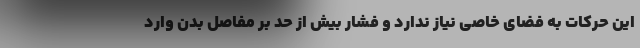
این حرکات به فضای خاصی نیاز ندارد و فشار بیش از حد بر مفاصل بدن وارد